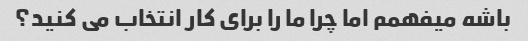
باشه میفهمم اما چرا ما را برای کار انتخاب می کنید؟